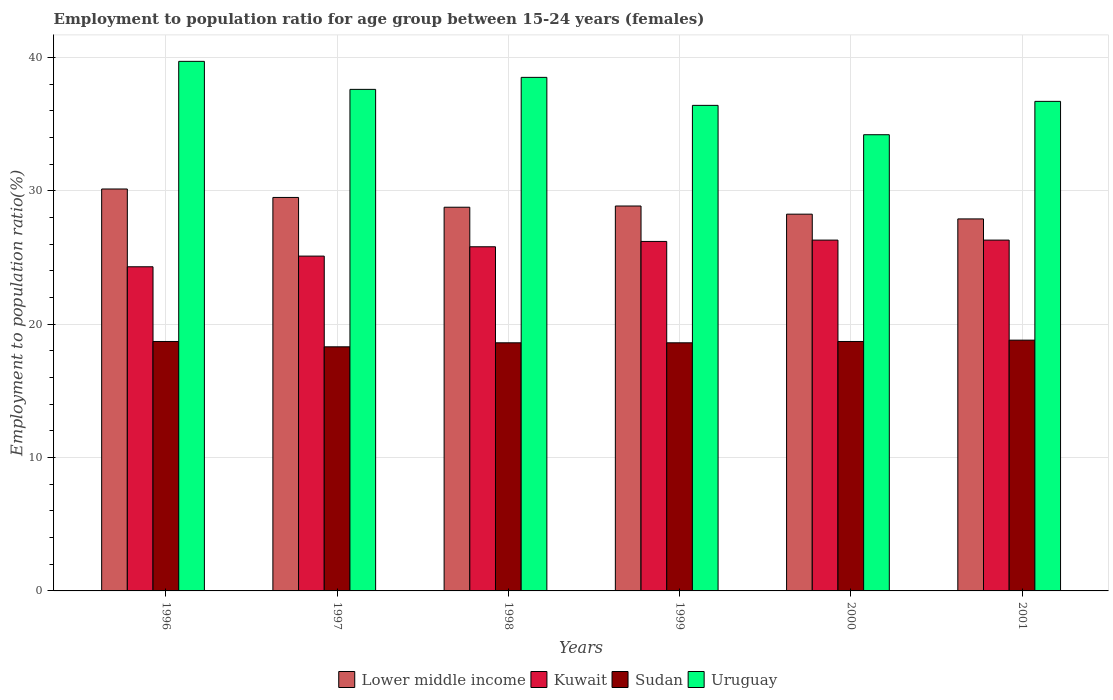
| Years | Lower middle income | Kuwait | Sudan | Uruguay |
 | --- | --- | --- | --- | --- |
 | 1996 | 30.1 | 24.3 | 18.7 | 39.7 |
 | 1997 | 29.5 | 25.1 | 18.3 | 37.6 |
 | 1998 | 28.8 | 25.8 | 18.6 | 38.5 |
 | 1999 | 28.9 | 26.2 | 18.6 | 36.4 |
 | 2000 | 28.2 | 26.3 | 18.7 | 34.2 |
 | 2001 | 27.9 | 26.3 | 18.8 | 36.7 |